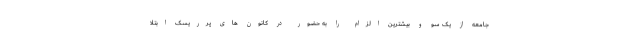
جامعه از یک سو و بیشترین الزام را به حضور در کانون های پرریسک ابتلا